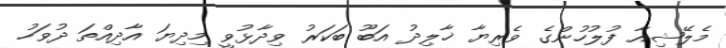
މެލޭޝިއާ ފުލުހުންގެ ވެެރިޔާ ޚާލިދު އަބޫ ބަކަރު ވިދާޅުވީ މިދިޔަ އާދިއްތަ ދުވަހު